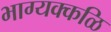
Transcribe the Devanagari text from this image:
भाग्यक्कळि